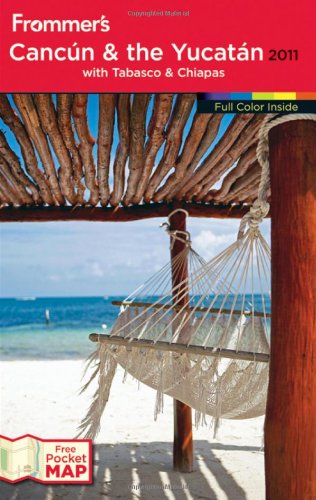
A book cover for Frommer's Cancun and the Yucatan 2011 (Frommer's Complete Guides); David Baird; Travel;